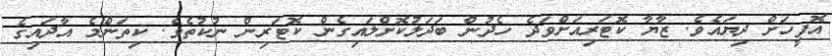
އޮފީހަށް ދިޔައެވެ. ޒާޔާ ކޮޓަރިއަށްވަދެ ހެދުން ބަދަލުކޮށްލައިގެން ކޮޓަރިން ނުކުތެވެ. ކިތަންމެ އާދައިގެ